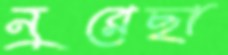
নুরেছা